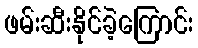
ဖမ်းဆီးနိုင်ခဲ့ကြောင်း